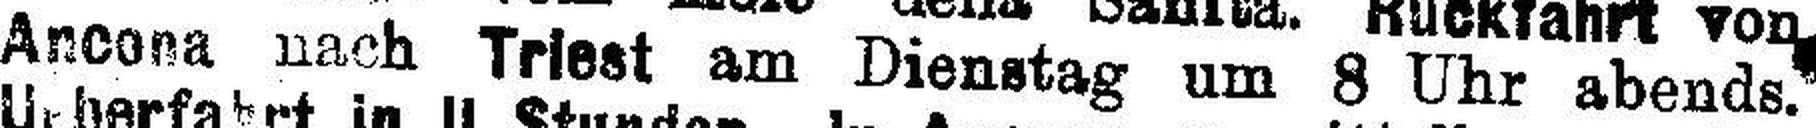
Ancona nach Triest am Dienstag um 8 Uhr abends.